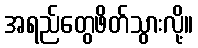
အရည်တွေဖိတ်သွားလို့။